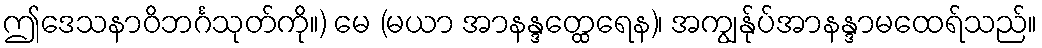
ဤဒေသနာဝိဘင်္ဂသုတ်ကို။) မေ (မယာ အာနန္ဒတ္ထေရေန)၊ အကျွန်ုပ်အာနန္ဒာမထေရ်သည်။